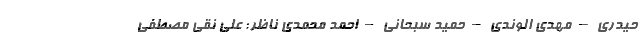
حیدری – مهدی الوندی – حمید سبحانی – احمد محمدی ناظر: علی نقی مصطفی